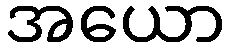
အယော